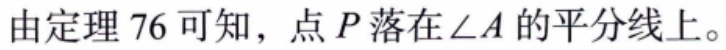
由定理 76 可知，点 \(P\) 落在 \(\angle A\) 的平分线上。